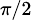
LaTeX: \scriptstyle{\pi/2}